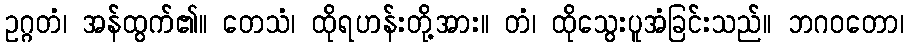
ဥဂ္ဂတံ၊ အန်ထွက်၏။ တေသံ၊ ထိုရဟန်းတို့အား။ တံ၊ ထိုသွေးပူအံခြင်းသည်။ ဘဂဝတော၊